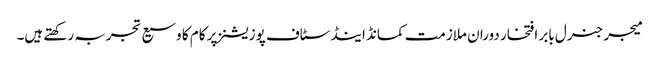
میجر جنرل بابر افتخار دوران ملازمت کمانڈ اینڈ سٹاف پوزیشنز پر کام کا وسیع تجربہ رکھتے ہیں۔